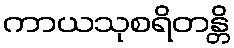
ကာယသုစရိတန္တိ